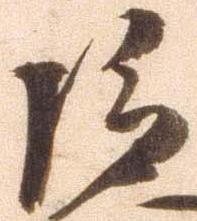
巨